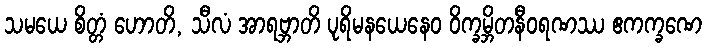
သမယေ စိတ္တံ ဟောတိ, သီလံ အာရဗ္ဘာတိ ပုရိမနယေနေဝ ဝိက္ခမ္ဘိတနီဝရဏဿ ဧကက္ခဏေ